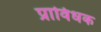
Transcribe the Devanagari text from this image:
प्राविधक